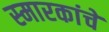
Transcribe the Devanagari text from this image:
स्‍मारकांचे